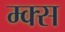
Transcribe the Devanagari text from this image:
म्क्स